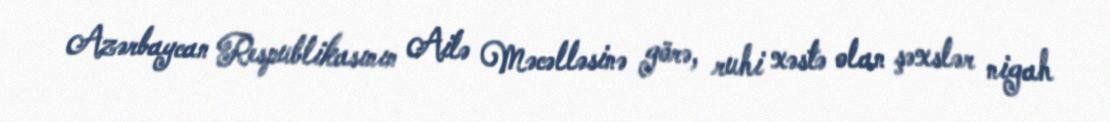
Azərbaycan Respublikasının Ailə Məcəlləsinə görə, ruhi xəstə olan şəxslər nigah